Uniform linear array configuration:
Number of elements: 48
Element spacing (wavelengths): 0.5
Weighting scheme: kaiser
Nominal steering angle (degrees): -45
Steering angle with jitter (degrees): -46.413
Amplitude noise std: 0.05
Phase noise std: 0.05

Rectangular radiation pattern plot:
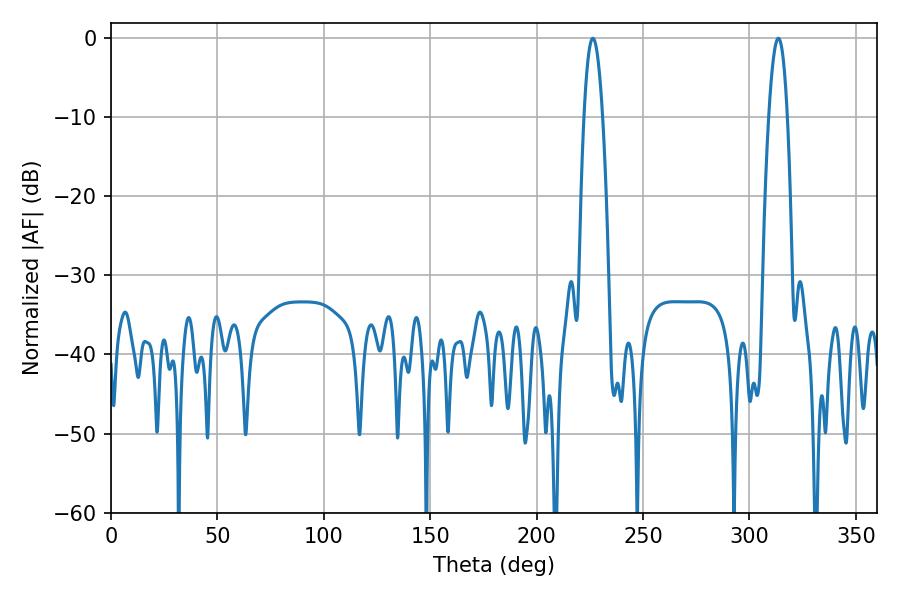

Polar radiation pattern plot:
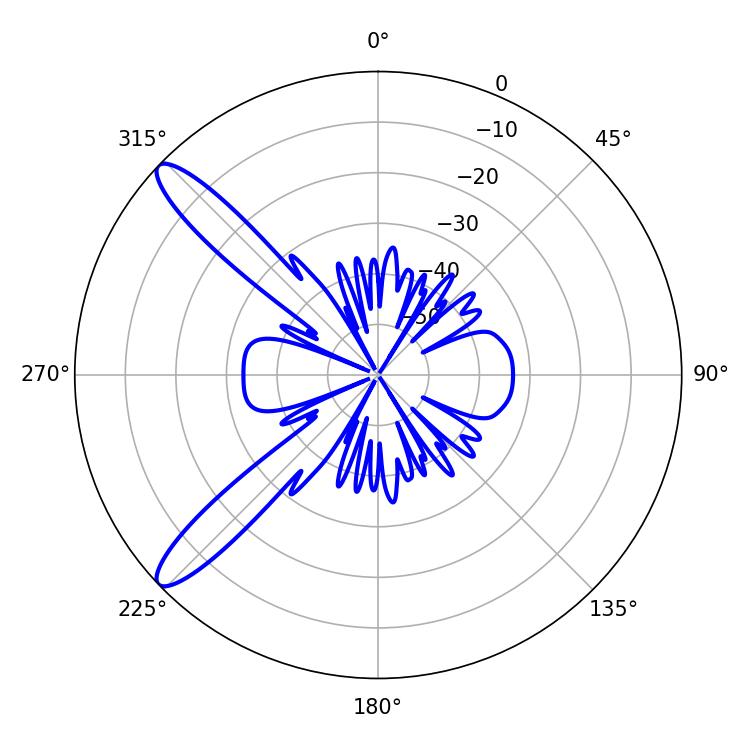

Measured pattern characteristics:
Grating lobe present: FALSE
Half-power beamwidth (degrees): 4.68
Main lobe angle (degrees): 226.44